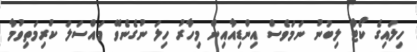
ހިލައިގެ ކޯޓާ ލިބުނު ނަމަވެސް އިންޑިއާއިން މިހާރު ހިލަ ނުގެނެވޭ މައްސަލަ ކުރިމަތިވުމާ